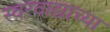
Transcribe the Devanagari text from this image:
स्वरवाद्याच्या